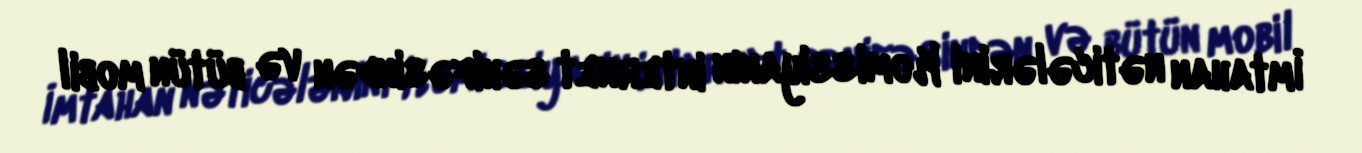
İmtahan nəticələrini Komissiyanın internet səhifəsindən və bütün mobil